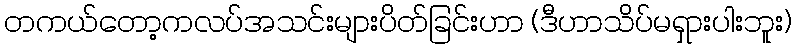
တကယ်တော့ကလပ်အသင်းများပိတ်ခြင်းဟာ (ဒီဟာသိပ်မရှားပါးဘူး)